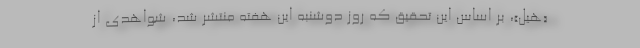
«هیل»، بر اساس این تحقیق که روز دوشنبه این هفته منتشر شد، شواهدی از